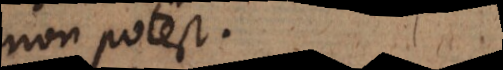
non potest.